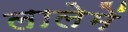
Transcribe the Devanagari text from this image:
लालेमें